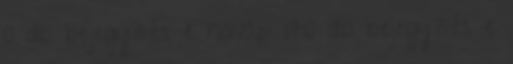
0 db bejegyzés e hónap: 170 db bejegyzés e